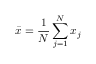
\bar { x } = \frac { 1 } { N } \sum _ { j = 1 } ^ { N } x _ { j }